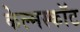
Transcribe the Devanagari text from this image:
केल्मस्काॅट